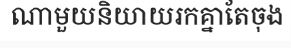
ណាមួយនិយាយរកគ្នាតែចុង